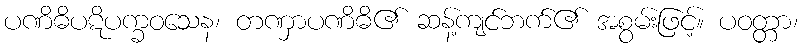
ပဏိဓိပဋိပက္ခဝသေန၊ တဏှာပဏိဓိ၏ ဆန့်ကျင်ဘက်၏ အစွမ်းဖြင့်။ ပဝတ္တာ၊